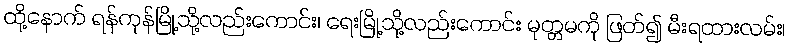
ထို့နောက် ရန်ကုန်မြို့သို့လည်းကောင်း၊ ရေးမြို့သို့လည်းကောင်း မုတ္တမကို ဖြတ်၍ မီးရထားလမ်း၊